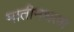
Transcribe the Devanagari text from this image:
मातीमधला